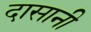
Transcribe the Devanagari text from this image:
दासानी